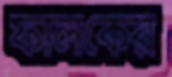
ফালকের